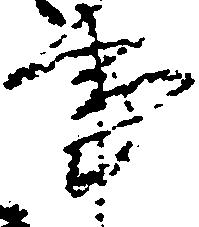
事